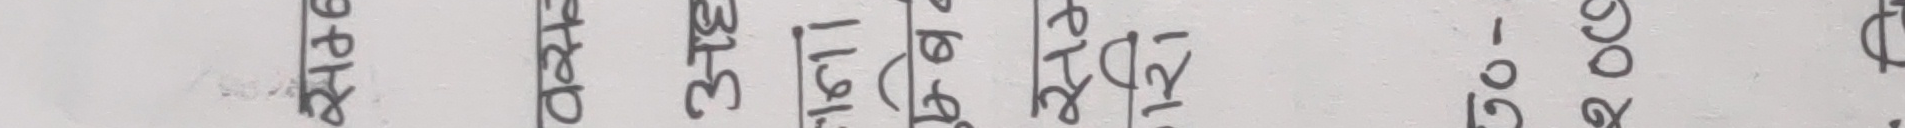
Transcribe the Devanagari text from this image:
अ.१५९।१२) प्रतिवर्ष २.०८ - ०.१८ $